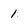
Character: 1